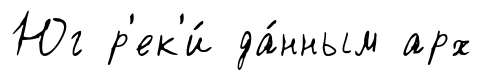
Юг р'ек'и́ да́нным арх